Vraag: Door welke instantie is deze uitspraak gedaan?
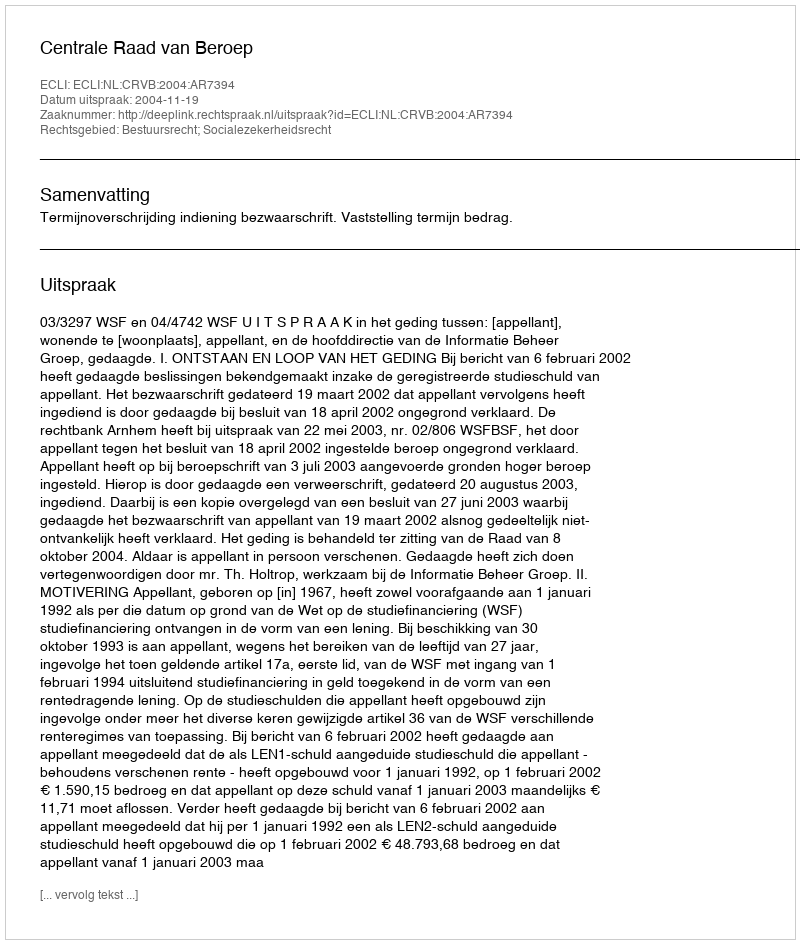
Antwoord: Centrale Raad van Beroep